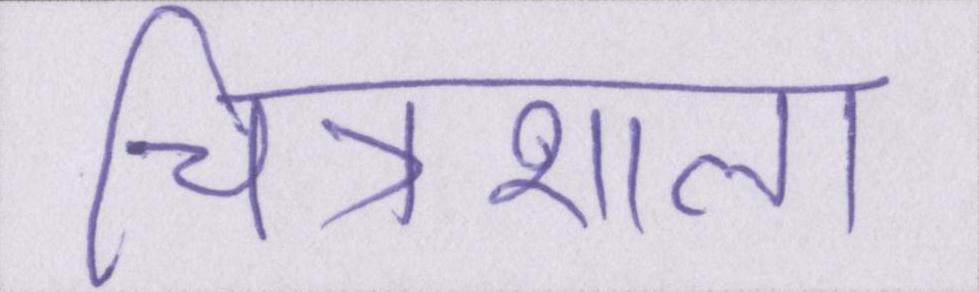
चित्रशाला